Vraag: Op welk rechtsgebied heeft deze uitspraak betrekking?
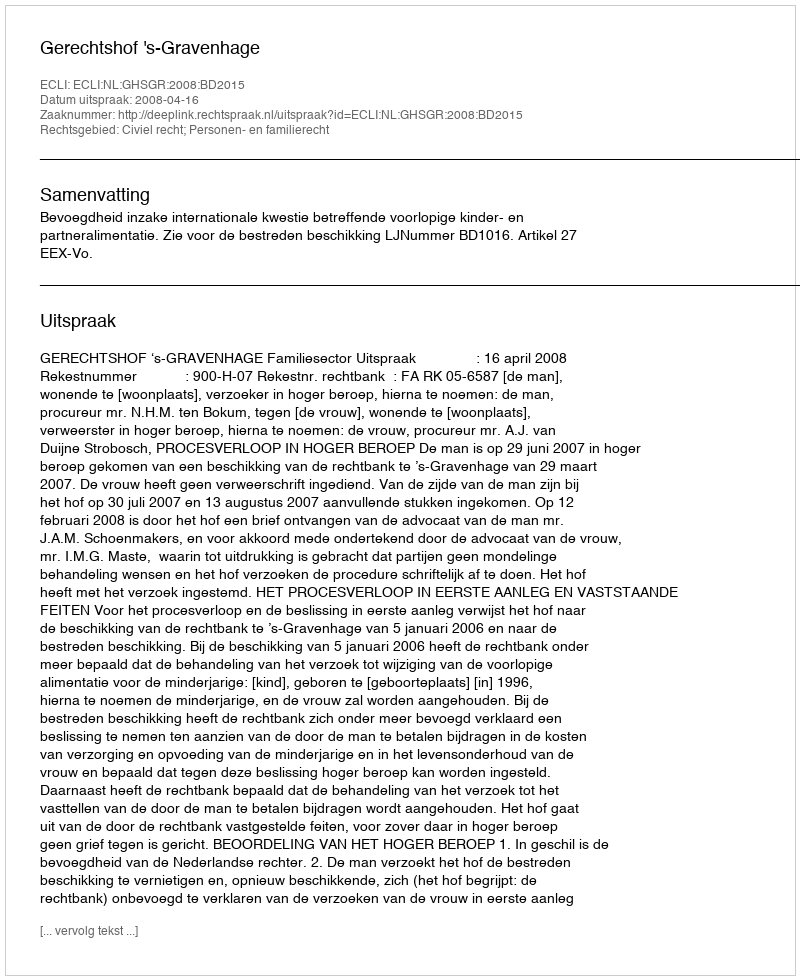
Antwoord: Civiel recht; Personen- en familierecht